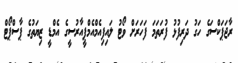
ރާޖަޕަކްސަގެ ހަގު ދަރިފުޅު ފުރަތަމަ ފަހަރަށް ވޯޓު ލައިފިއެމްއެމްޕީއާރުސީގެ އެމްޑީ ޒިޔަތުގެ ޕާސްޕޯޓް